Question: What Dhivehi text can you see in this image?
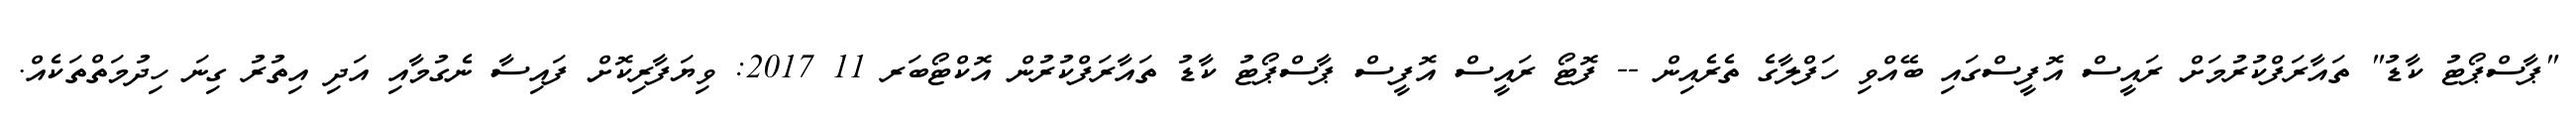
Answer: "ޕާސްޕޯޓު ކާޑު" ތައާރަފްކުރުމަށް ރައީސް އޮފީސްގައި ބޭއްވި ހަފްލާގެ ތެރެއިން -- ފޮޓޯ ރައީސް އޮފީސް ޕާސްޕޯޓު ކާޑު ތައާރަފްކުރުން އޮކްޓޯބަރ 11 2017: ވިޔަފާރިކޮށް ފައިސާ ނެގުމާއި އަދި އިތުރު ގިނަ ހިދުމަތްތަކެއް.